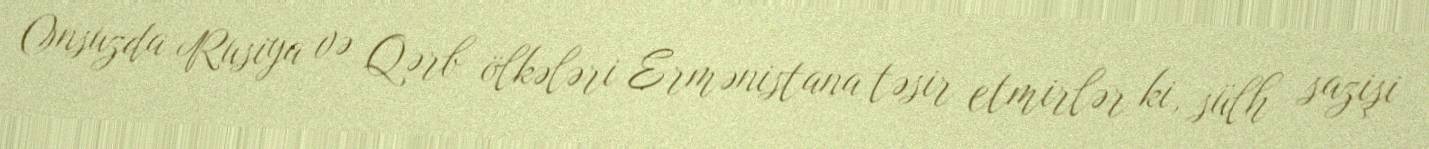
Onsuzda Rusiya və Qərb ölkələri Ermənistana təsir etmirlər ki, sülh sazişi